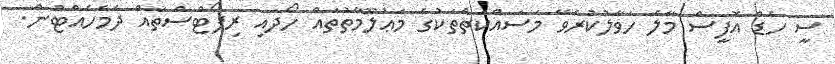
ސީ ހެޑް އޮފީސް މާލެ ހަވާލުކުރެވޭ މަސައްކަތްތަކުގެ މަޢުލޫމާތުތައް ހޯދައި ރިޕޯޓްސްތައް ދެމެހެއްޓުން.